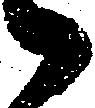
々